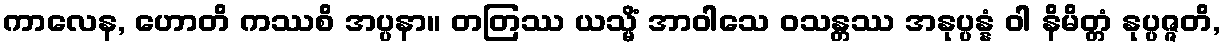
ကာလေန, ဟောတိ ကဿစိ အပ္ပနာ။ တတြဿ ယသ္မိံ အာဝါသေ ဝသန္တဿ အနုပ္ပန္နံ ဝါ နိမိတ္တံ နုပ္ပဇ္ဇတိ,